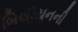
બિલીયનની